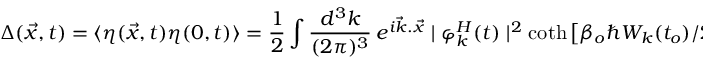
\Delta ( \vec { x } , t ) = \langle \eta ( \vec { x } , t ) \eta ( 0 , t ) \rangle = \frac { 1 } { 2 } \int \frac { d ^ { 3 } k } { ( 2 \pi ) ^ { 3 } } ~ e ^ { i \vec { k } . \vec { x } } \mid \varphi _ { k } ^ { H } ( t ) \mid ^ { 2 } \coth \left[ \beta _ { o } \hbar { \cal { W } } _ { k } ( t _ { o } ) / 2 \right] ,